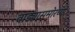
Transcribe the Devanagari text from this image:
वाड्यासमोरच्या